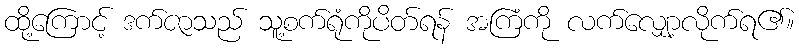
ထို့ကြောင့် ဒက်ဇာသည် သူ့စက်ရုံကိုပိတ်ရန် အကြံကို လက်လျှော့လိုက်ရ၏။